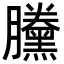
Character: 黱